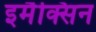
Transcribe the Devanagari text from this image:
इमैक्सिन